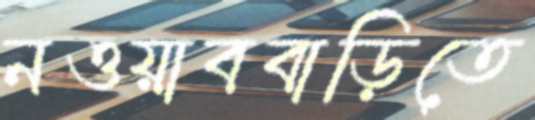
নওয়াববাড়িতে